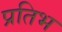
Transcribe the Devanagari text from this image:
प्रतिभ